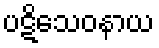
ပဋိသေဝနာယ